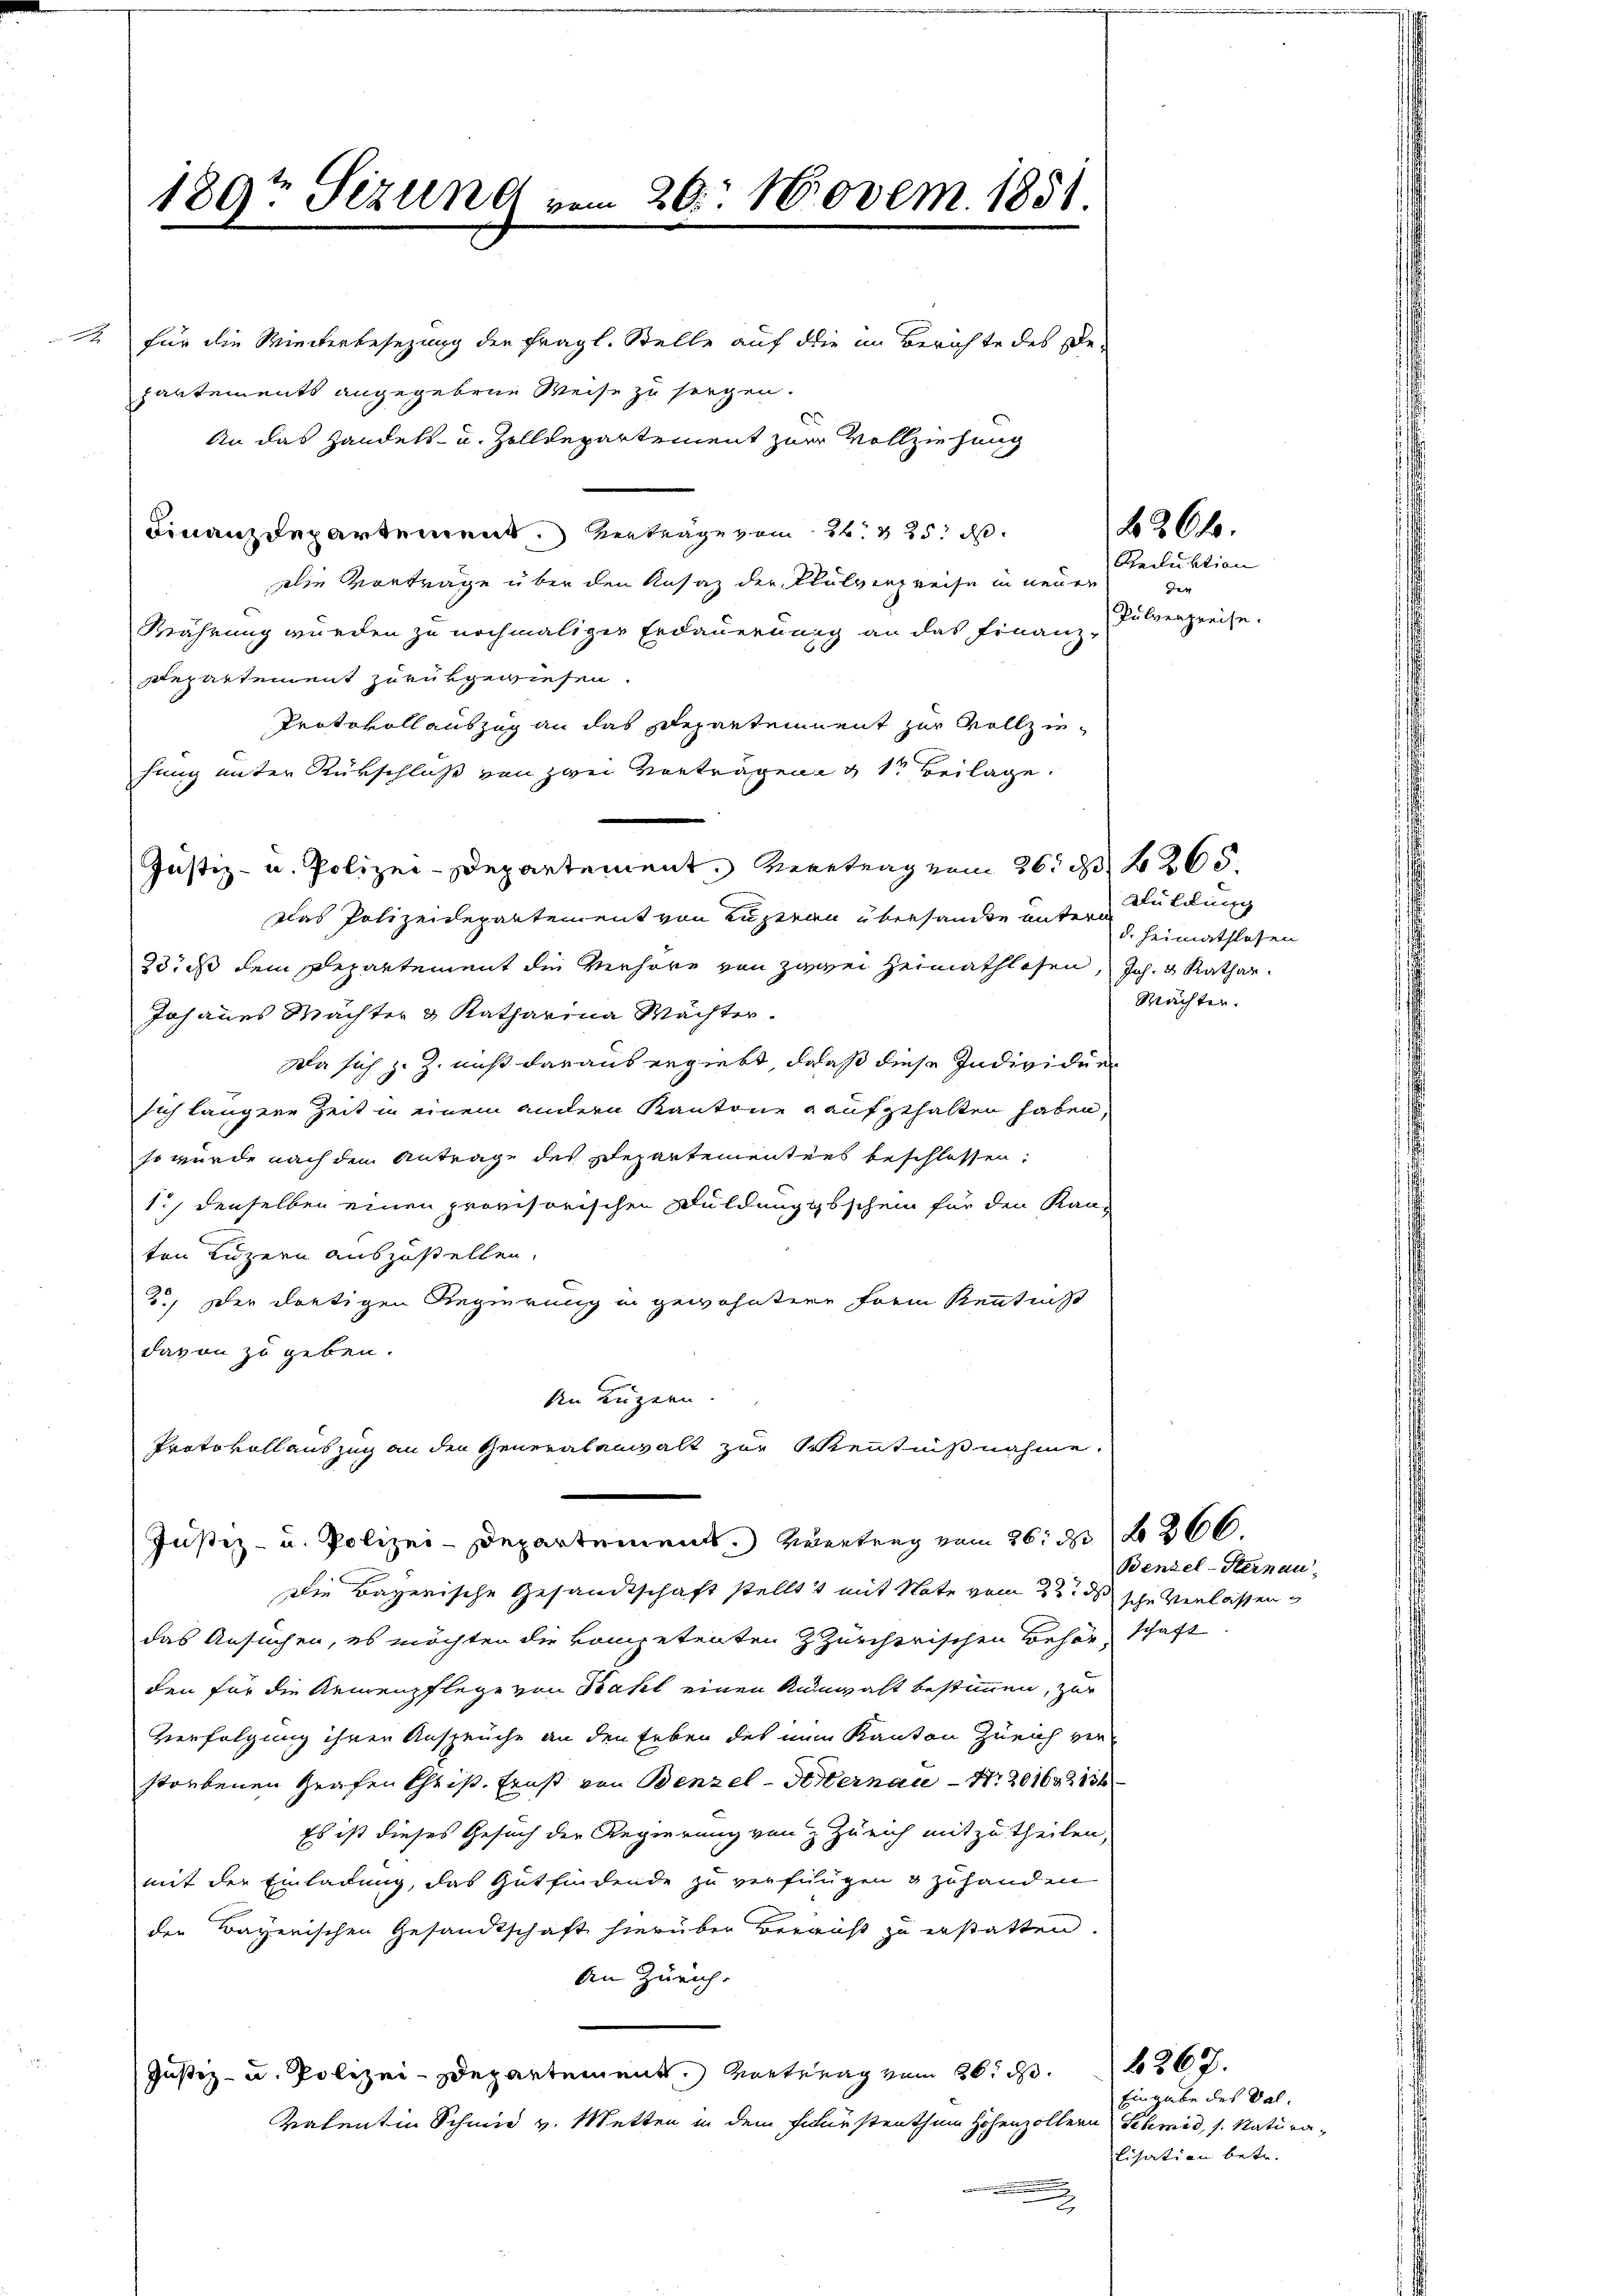
t

Finanzdepartement. Verträge vom 26. 325. d.
Die Vorträge über den Ansaz der Pulverpreise in neuer
Bährung wurden zu nochmaliger Erdauerung an das Finanz-
Repartement zurükgewiesen.
Protokollauszug an das Departement zur Vollziefung unter Rückschluß von zwei Vorträgen & 1te Beilage.
das Polizeidepartement von Luzern übersamte untern
23. ds dem Departement die Verhöre von zwei Heimathlosen, Joh. v. Kathar
Johannes Machter & Katharina Mächter.
Da sich z. Z. nicht daraus ergiebt, daß diese Individuen
sich längere Zeit in einem andern Kantone aufgehalten haben,
so wurde nach dem Antrage des Departementens beschlossen:
1.) denselben einen provisorischen Duldung geschein für den Kan-
ten Luzern auszustellen.
2.) Der dortigen Regierung in gewohntere Form Kenntniß
davon zu geben.
An Luzern.
Protokollauszug an den Generalanwalt zur Kenntnißnahme.
Justiz- u. Polizei-Departements. Vertrag vom 26. 366.
Die Bayerische Gesandtschaft stellt mit Note vom 2t ds sche Verlassen
das Ansuchen, es möchten die kompetenten & Zürcherischen Behör-
den für die Armenpflege von Kahl einen Annwalt bestimmen, zur
Verfolgung ihren Ansprüche an den Erben des nun Kanton Zürich verstorbenen Grafen Christ. Ernst von Benzel-Sternau 1201
Es ist dieses Gesuch der Regierung von Zürich mitzutheilen,
mit der Einladung, das Gutfindende zu verfungen & zuhanden
der Bayerischen Gesandtschaft hierüber verruß zu erstatten.
An Zürich.
Justiz- u. Polizei-Departement. Vortrag vom 26. d.
Valentin Schmid v. Metten in dem Finstenthum Hohenzollern Schmid, s. Natura¬

189. Sizung vom 20. Novem. 1851.
für die Winterbesezung der fragl. Stelle auf die im Berichte des se
pantements angegebene Weise zu sorgen.
An das Handels- u. Zolldepartement zur Vollziehung

Justiz- u. Polizei-Departement. Vertrag vom 26. d. 265.

Reduktion
den
Pulverpreise.

N 264.

Kluldung
d. Heimathlosen
Mächter.

Benzel-Sternau,

schaft

6267.
Eingabe des Sallisation betr.